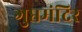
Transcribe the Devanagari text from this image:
गुप्तमंदिर